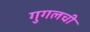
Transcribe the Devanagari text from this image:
गुगलची